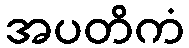
အပတိကံ